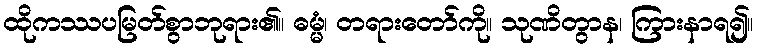
ထိုကဿပမြတ်စွာဘုရား၏။ ဓမ္မံ၊ တရားတော်ကို။ သုဏိတွာန၊ ကြားနာရ၍။